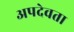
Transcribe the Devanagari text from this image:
अपदेवता